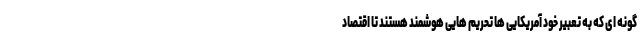
گونه ای که به تعبیر خود آمریکایی ها تحریم هایی هوشمند هستند تا اقتصاد